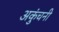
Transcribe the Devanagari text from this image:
अकुंचनी